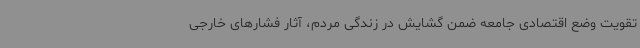
تقویت وضع اقتصادی جامعه ضمن گشایش در زندگی مردم، آثار فشارهای خارجی